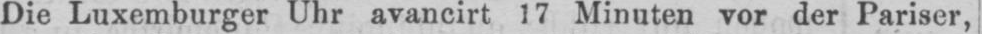
Die Luxemburger Uhr avancirt 17 Minuten vor der Pariser,